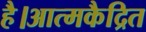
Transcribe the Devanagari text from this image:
है।आत्मकैद्रित